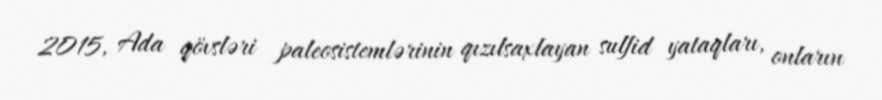
2015, Ada qövsləri paleosistemlərinin qızılsaxlayan sulfid yataqları, onların